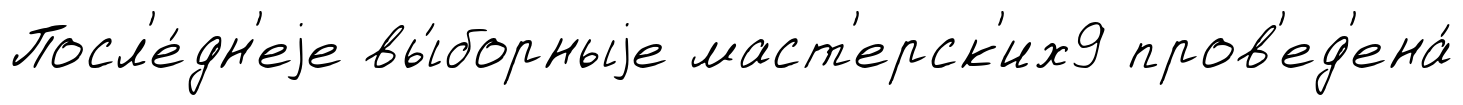
Посл'е́дн'еjе вы́борныjе маст'ерск'их9 пров'ед'ена́